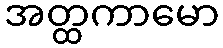
အတ္ထကာမော